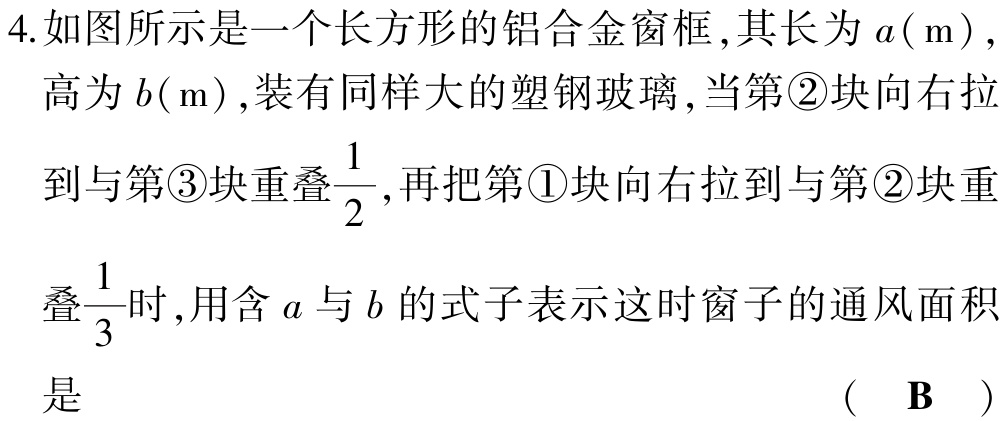
4.如图所示是一个长方形的铝合金窗框,其长为\(a(\mathrm{m})\),高为\(b(\mathrm{m})\),装有同样大的塑钢玻璃,当第\textcircled{2}块向右拉到与第\textcircled{3}块重叠\(\frac{1}{2}\),再把第\textcircled{1}块向右拉到与第\textcircled{2}块重叠\(\frac{1}{3}\)时,用含\(a\)与\(b\)的式子表示这时窗子的通风面积是 （ \(\mathbf{B}\) ）